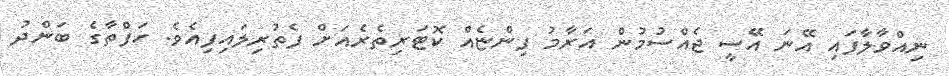
ނިއްވާލާފައި އޭނަ އޭސީ ޖެއްސުމުން އަރާމު ފިންޏެއް ކޮޓަރިތެރެއަށް ފެތުރިލައިފިއެވެ. ހަފްތާގެ ބަންދު